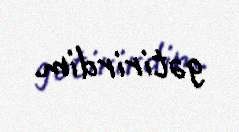
gətirirdim.